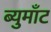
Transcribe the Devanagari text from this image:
ब्युमाँट